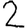
Digit: 2